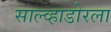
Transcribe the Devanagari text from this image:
साल्व्हाडोरला